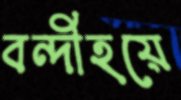
বন্দীহয়ে